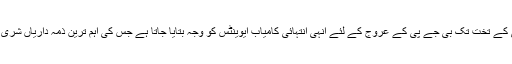
1998 میں نئی دہلی کے تخت تک بی جے پی کے عروج کے لئے انہی انتہائی کامیاب ایوینٹس کو وجہ بتایا جاتا ہے جس کی اہم ترین ذمہ داریاں شری مودی کے سر تھیں۔